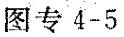
图专4-5